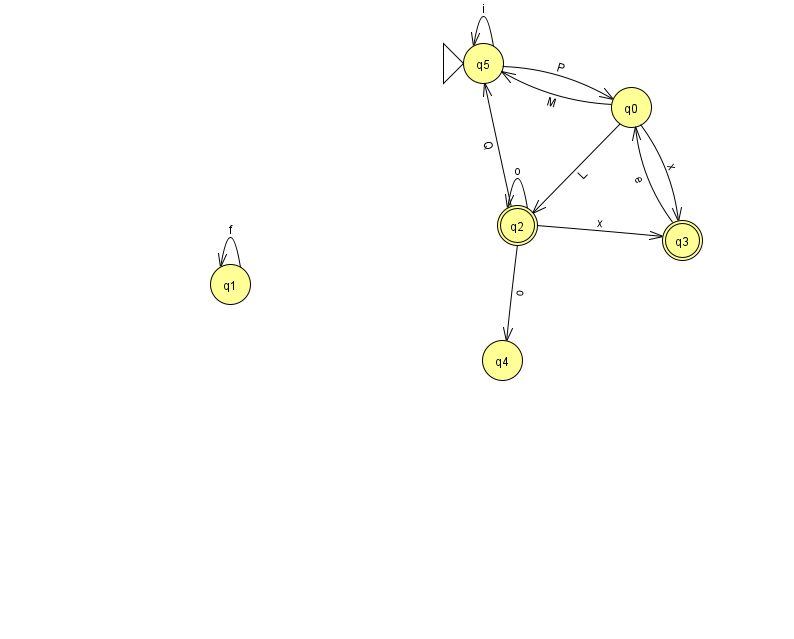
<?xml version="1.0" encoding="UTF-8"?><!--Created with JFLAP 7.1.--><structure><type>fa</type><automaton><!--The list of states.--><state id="0" name="q0"><x>631.0</x><y>94.0</y></state><state id="1" name="q1"><x>230.0</x><y>271.0</y></state><state id="2" name="q2"><x>517.0</x><y>212.0</y><final/></state><state id="3" name="q3"><x>682.0</x><y>227.0</y><final/></state><state id="4" name="q4"><x>502.0</x><y>347.0</y></state><state id="5" name="q5"><x>483.0</x><y>50.0</y><initial/></state><!--The list of transitions.--><transition><from>2</from><to>4</to><read>o</read></transition><transition><from>0</from><to>2</to><read>L</read></transition><transition><from>2</from><to>3</to><read>x</read></transition><transition><from>2</from><to>5</to><read>Q</read></transition><transition><from>1</from><to>1</to><read>f</read></transition><transition><from>3</from><to>0</to><read>e</read></transition><transition><from>0</from><to>5</to><read>M</read></transition><transition><from>5</from><to>5</to><read>i</read></transition><transition><from>5</from><to>0</to><read>P</read></transition><transition><from>0</from><to>3</to><read>x</read></transition><transition><from>2</from><to>2</to><read>o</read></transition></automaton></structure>